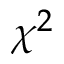
\chi ^ { 2 }